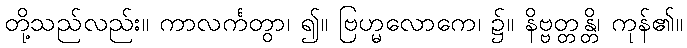
တို့သည်လည်း။ ကာလင်္ကတွာ၊ ၍။ ဗြဟ္မလောကေ၊ ၌။ နိဗ္ဗတ္တန္တိ၊ ကုန်၏။